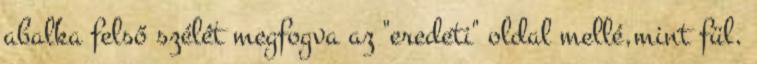
abalka felső szélét megfogva az "eredeti" oldal mellé,mint fül.